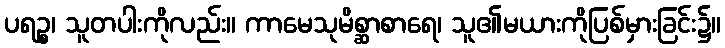
ပရဉ္စ၊ သူတပါးကိုလည်း။ ကာမေသုမိစ္ဆာစာရေ၊ သူ၏မယားကိုပြစ်မှားခြင်း၌။